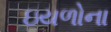
ઇયળોના